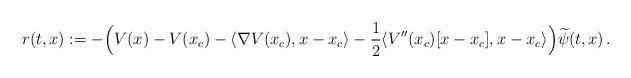
LaTeX: \begin{align*} r(t,x):=- \Big( V(x) - V(x_c) - \langle \nabla V(x_c) , x-x_c \rangle - \frac{1}{2} \langle V''(x_c)[x-x_c],x-x_c\rangle \Big) \widetilde{\psi}(t,x)\,.\end{align*}